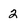
Character: 2